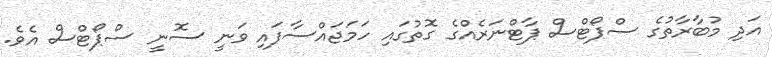
އަދި މުބާރާތުގެ ސްޕޯޓްސް ޕާޓްނަރެއްގެ ގޮތުގައި ހަމަޖައްސާފައި ވަނީ ސޮނީ ސްޕޯޓްސް އެވެ.